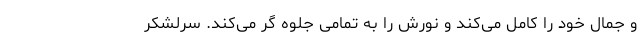
و جمال خود را کامل می‌کند و نورش را به تمامی جلوه گر می‌کند. سرلشکر